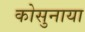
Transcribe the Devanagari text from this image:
कोसुनाया